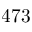
4 7 3